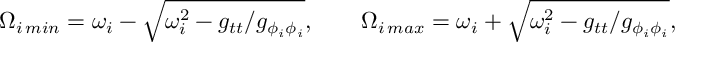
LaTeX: \Omega _ { i \, m i n } = \omega _ { i } - \sqrt { \omega _ { i } ^ { 2 } - g _ { t t } / g _ { \phi _ { i } \phi _ { i } } } , \ \ \ \ \ \ \Omega _ { i \, m a x } = \omega _ { i } + \sqrt { \omega _ { i } ^ { 2 } - g _ { t t } / g _ { \phi _ { i } \phi _ { i } } } ,